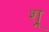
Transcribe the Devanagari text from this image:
श्र्